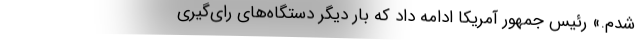
شدم.» رئیس جمهور آمریکا ادامه داد که بار دیگر دستگاه‌های رای‌گیری